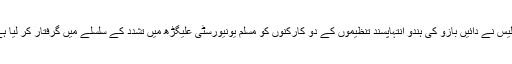
پولیس نے دائیں بازو کی ہندو انتہاپسند تنظیموں کے دو کارکنوں کو مسلم یونیورسٹی علیگڑھ میں تشدد کے سلسلے میں گرفتار کر لیا ہے۔